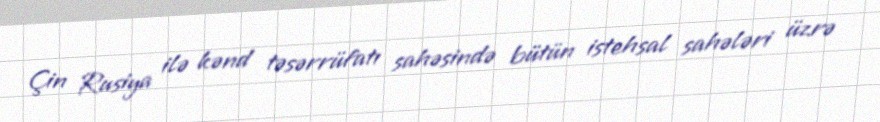
Çin Rusiya ilə kənd təsərrüfatı sahəsində bütün istehsal sahələri üzrə